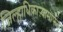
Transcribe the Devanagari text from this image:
जिल्हाधिकाऱ्यामार्फत